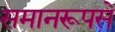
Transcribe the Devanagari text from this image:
समानरूपसे